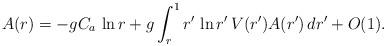
LaTeX: \begin{align*}A(r)=-gC_a\,\ln r+g\int_r^1 r'\,\ln r'\,V(r')A(r')\,dr'+O(1).\end{align*}